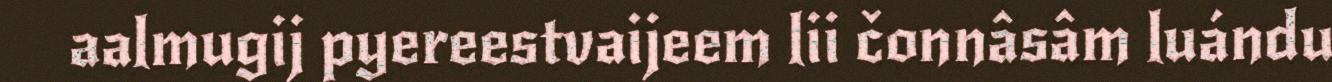
aalmugij pyereestvaijeem lii čonnâsâm luándu